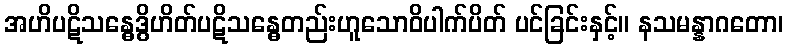
အဟိပဋိသန္ဓေဒွိဟိတ်ပဋိသန္ဓေတည်းဟူသောဝိပါက်ပိတ် ပင်ခြင်းနှင့်။ နသမန္နာဂတော၊